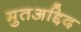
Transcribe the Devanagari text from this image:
मुतअद्दिद